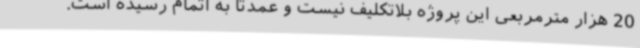
20 هزار مترمربعی این پروژه بلاتکلیف نیست و عمدتا به اتمام رسیده است.